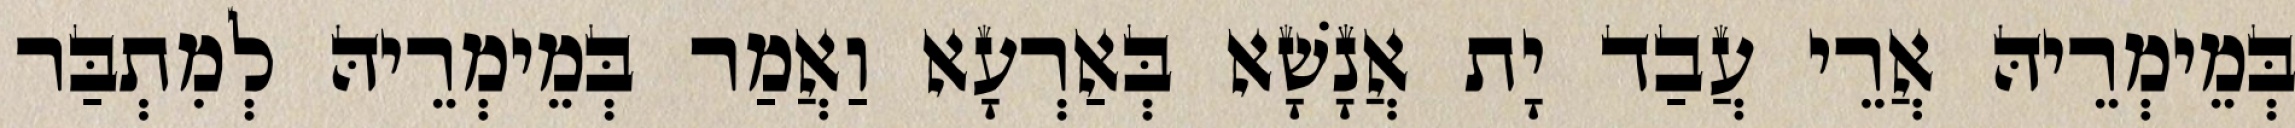
בְּמֵימְרֵיהּ אֲרֵי עֲבַד יָת אֲנָשָׁא בְּאַרְעָא וַאֲמַר בְּמֵימְרֵיהּ לְמִתְבַּר